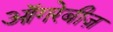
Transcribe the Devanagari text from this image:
ऑगरेबीज़